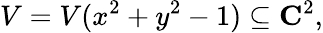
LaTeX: V=V(x^{2}+y^{2}-1)\subseteq\mathbf{C}^{2},